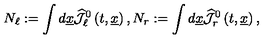
N _ { \ell } : = \int d \underline { { x } } \widehat { { \mathcal J } } _ { \ell } ^ { 0 } \left( t , \underline { { x } } \right) , N _ { r } : = \int d \underline { { x } } \widehat { { \mathcal J } } _ { r } ^ { 0 } \left( t , \underline { { x } } \right) ,